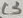
Text: C3